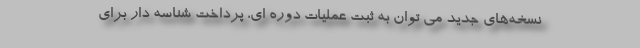
نسخه‌های جدید می توان به ثبت عملیات دوره ای، پرداخت شناسه دار برای